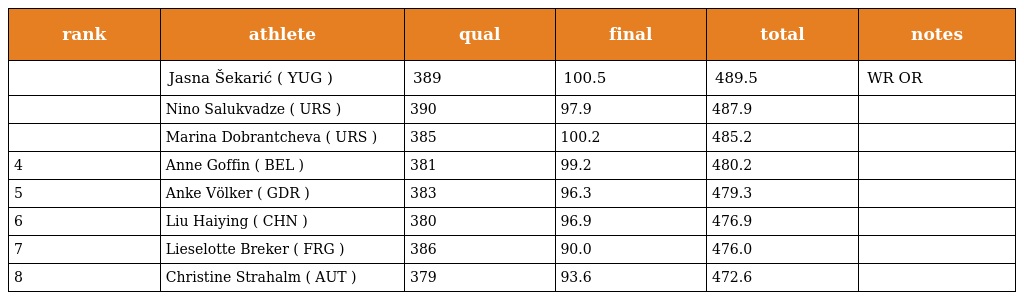
| rank | athlete | qual | final | total | notes |
 | --- | --- | --- | --- | --- | --- |
 |  | Jasna Šekarić ( YUG ) | 389 | 100.5 | 489.5 | WR OR |
 |  | Nino Salukvadze ( URS ) | 390 | 97.9 | 487.9 |  |
 |  | Marina Dobrantcheva ( URS ) | 385 | 100.2 | 485.2 |  |
 | 4 | Anne Goffin ( BEL ) | 381 | 99.2 | 480.2 |  |
 | 5 | Anke Völker ( GDR ) | 383 | 96.3 | 479.3 |  |
 | 6 | Liu Haiying ( CHN ) | 380 | 96.9 | 476.9 |  |
 | 7 | Lieselotte Breker ( FRG ) | 386 | 90.0 | 476.0 |  |
 | 8 | Christine Strahalm ( AUT ) | 379 | 93.6 | 472.6 |  |